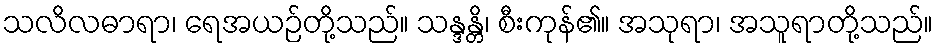
သလိလဓာရာ၊ ရေအယဉ်တို့သည်။ သန္ဒန္တိ၊ စီးကုန်၏။ အသုရာ၊ အသူရာတို့သည်။